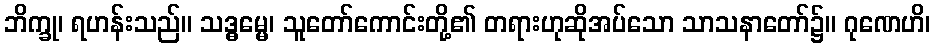
ဘိက္ခု၊ ရဟန်းသည်။ သဒ္ဓမ္မေ၊ သူတော်ကောင်းတို့၏ တရားဟုဆိုအပ်သော သာသနာတော်၌။ ဂုဏေဟိ၊